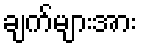
ချက်များအား